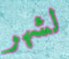
لشهر